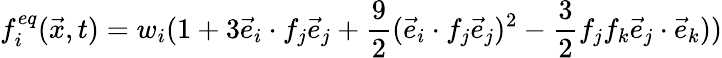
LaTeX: f_{i}^{eq}(\vec{x},t)={w_{i}}(1+3\vec{e}_{i}\cdot f_{j}\vec{e}_{j}+\frac{9}{2}(\vec{e}_{i}\cdot f_{j}\vec{e}_{j})^{2}-\frac{3}{2}f_{j}f_{k}\vec{e}_{j}\cdot\vec{e}_{k}))